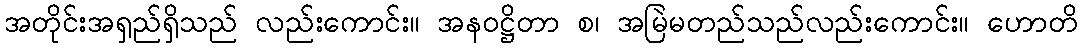
အတိုင်းအရှည်ရှိသည် လည်းကောင်း။ အနဝဋ္ဌိတာ စ၊ အမြဲမတည်သည်လည်းကောင်း။ ဟောတိ